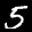
Label: 5